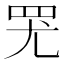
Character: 𱺷